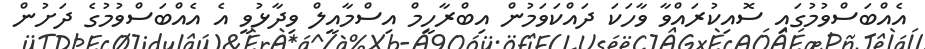
އެއްބަސްވުމުގައި ސޮއިކުރައްވާ ވާހަކަ ދައްކަވަމުން އިބްރާހީމް އިސްމާއީލް ވިދާޅުވީ އެ އެއްބަސްވުމުގެ ދަށުން